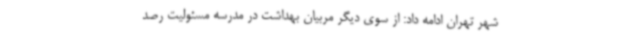
شهر تهران ادامه داد: از سوی دیگر مربیان بهداشت در مدرسه مسئولیت رصد